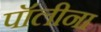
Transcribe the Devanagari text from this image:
पॉलीना